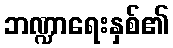
ဘဏ္ဍာရေးနှစ်၏